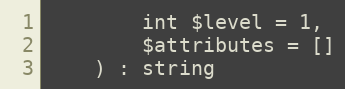
Language: PHP
        int $level = 1,
        $attributes = []
    ) : string